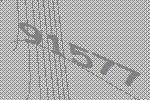
91577